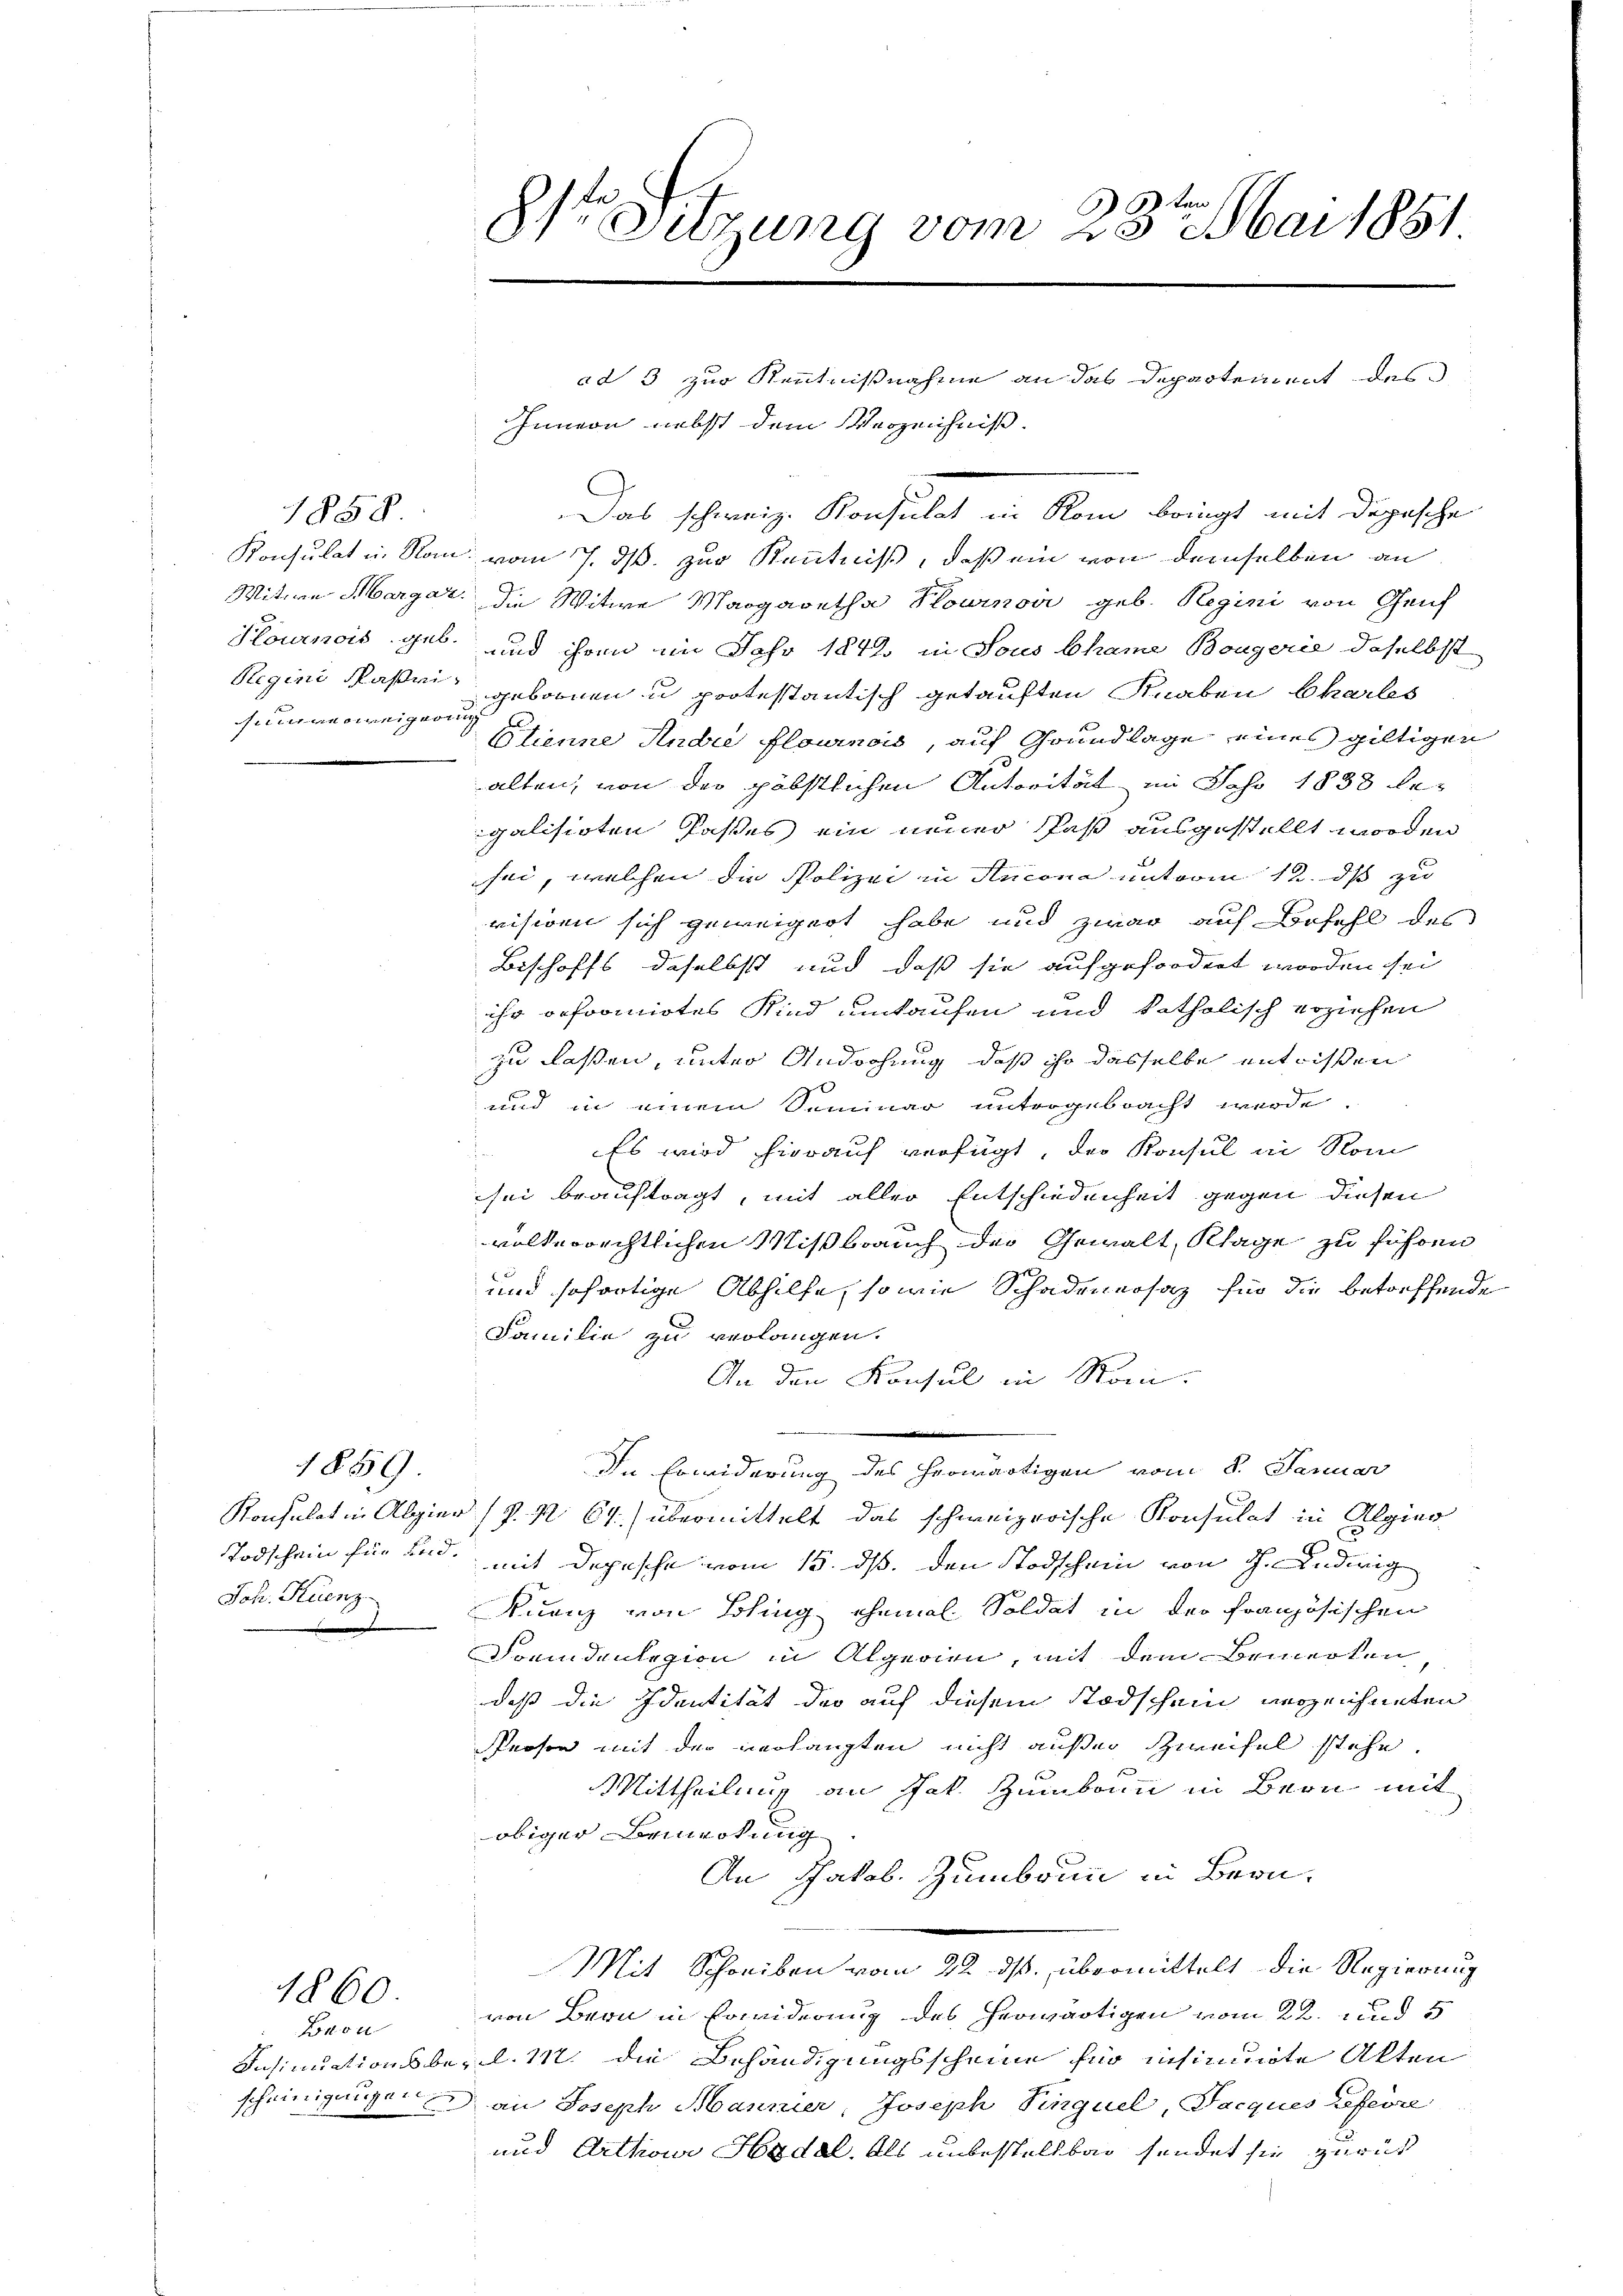
1858
sinverweigerung

Joh. Huenz

1859

1860

Innern nebst dem Verzeichnis.
Das schweiz. Konsulat in Rom bringt mit Depesche
Konsulat in Non vom 7. ds. zur Kenntniß, daß ein von demselben an
Witwe Margar, die Witwe Margaretha Plouinoii geb. Regini von Genf
Plournis geb. und ihren im Jahr 1842 in Sous Chama Bougerie daselbst
Regini Maße gebornen u protestantisch getauften Knaben Charles
Clienne Andre flournow, auf Grundlage eines giltigen
alten, von der gäbstlichen Autorität im Jahr 1838 legalisirten Pastes ein neuer Paß ausgestellt worden
sei, welchen die Polizei in Ancona unterm 12. ds zu
visiren sich geweigert habe und zwar auf Befehl des
Bischoffs daselbst und daß sie aufgefordert worden sei
ihr beformirtes Kind umtaufen und katholisch erziehen
zu lassen, unter Andachung, daß ihr dasselbe entrissen
und in einem Seminar untergebracht wurde
Es wird hierauf verfügt, der Konsul in Nom
e
sei beauftragt, mit aller Entschiedenheit gegen diesen
volkerrechtlichen Mißbrauch der Gewalt, Klage zu führen
und sofortige Abhilfe, so wie Schadenersatz für die betreffende
Familie zu verlangen.
An den Konsul in Rom.
e
In Erwiderung des herwärtigen vom 8. Januar
Konsulat in Algier (P. R. 64.) übermittelt das schweizerische Konsulat in Algier
Todschein für und mit Depesche vom 15. ds. den Todschein von dh. Ludwig
Quenz von Bling ehemal Soldat in der französischen
Foundanlegion in Algerien, mit dem Bemerken
daß die Identität der auf diesem Todschein verzeichneten
Reoson mit der verhängten nicht außer Zweifel stehe.
Mittheilung an Jak. Zumbaun in Bern mit
obiger Bemerkung
An Jakob. Zumbaun in Bern¬
Mit Schreiben vom 22. ds. übermittelt die Regierung
von Bern in Erwiderung des herwärtigen vom 22. und 5
Insinuationsbes. l. M. die Behändigungsscheine für insimirte Akten
scheinigung an Joseph Manner, Joseph Singuel, Jacques Lefevre
und Arthour Hydel, als unbestellbar sendet sie zurück

Bron

ten
8te Sitzung vom 23. Mai 1881

ad 3 zur Kenntnißnahme an das Departement des